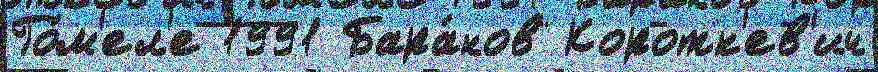
Го́м'ел'е 1991 Бара́нов Коротк'ев'ич